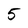
Character: 5